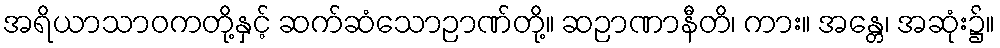
အရိယာသာဝကတို့နှင့် ဆက်ဆံသောဉာဏ်တို့။ ဆဉာဏာနီတိ၊ ကား။ အန္တေ၊ အဆုံး၌။